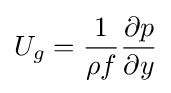
U_{g}={\frac {1}{\rho f}}{\frac {\partial p}{\partial y}}